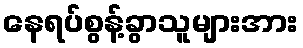
နေရပ်စွန့်ခွာသူများအား